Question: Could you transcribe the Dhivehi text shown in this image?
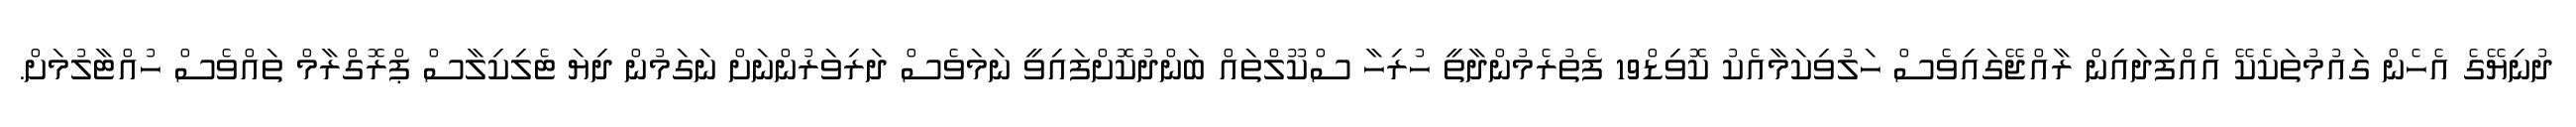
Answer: ދުނިޔޭގެ އެހެން ގައުމުތަކެކޭ އެއްފަދައިން ރާއްޖޭގައިވެސް ހަލުވިކަމާއެކު ކޮވިޑް19 ފެތުރެމުންދާތީ ހުރިހާ ސްކޫލްތައް ބަންދުކޮށްފައިވީ ނަމަވެސް ދަރިވަރުންނަށް ނަގަމުން ދިޔަ ޓެލިކިލާސް ޕްރޮގްރާމް ތައްވެސް ހުއްޓާލުމަށް.